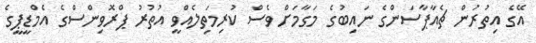
އޭގެ އިތުރުން ޗެއާޕާސަންގެ ނައިބުގެ މަގާމަށް ވެސް ކުރިމަތިލެއްވީ އުތުރު ޕްރޮވިންސްގެ އެމްޑީޕީގެ